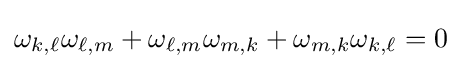
\omega _{k,\ell }\omega _{\ell ,m}+\omega _{\ell ,m}\omega _{m,k}+\omega _{m,k}\omega _{k,\ell }=0